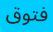
فتوق